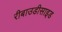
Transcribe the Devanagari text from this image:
रीबाउडीसाइड